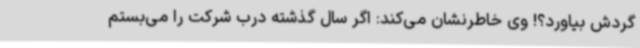
گردش بیاورد؟! وی خاطرنشان می‌کند: اگر سال گذشته درب شرکت را می‌بستم